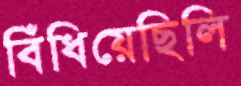
বিঁধিয়েছিলি